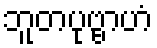
ဘူတပုဗ္ဗာဟံ